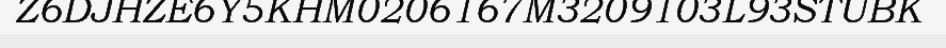
Z6DJHZE6Y5KHM0206167M3209103L93STUBK